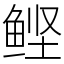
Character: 鲣